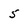
Character: 5